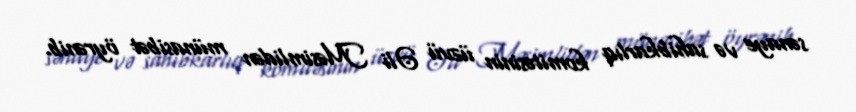
sənaye və sahibkarlıq komitəsinin üzvü Əli Məsimlidən münasibət öyrənib.